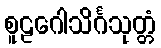
စူဠဂေါသိင်္ဂသုတ္တံ